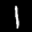
Label: 1